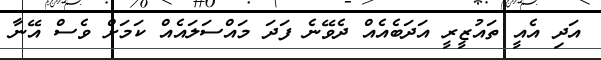
އަދި އެއީ ތައުޒީރީ އަދަބެއެއް ދެވޭނެ ފަދަ މައްސަލައެއް ކަމަށް ވެސް އޭނާ